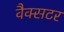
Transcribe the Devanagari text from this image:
वैक्सटर